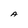
Character: A